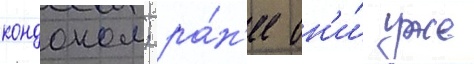
кондоном; ра́н'ее он'и́ уже